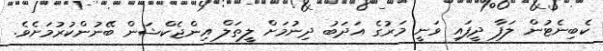
ކެބިނެޓުން ލަފާ ދީފައި ވަނީ މަރުގެ އަދަބު ދިނުމަށް ލީތަލް އިންޖެކްޝަން ބޭނުންކުރުމަށެވެ.